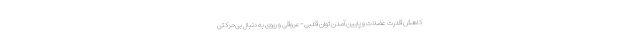
کاهش قدرت عضلات و پایین آمدن توان قلبی-عروقی و ریوی به دنبال بی‌حرکتی